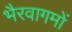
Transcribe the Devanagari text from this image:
भैरवागमों